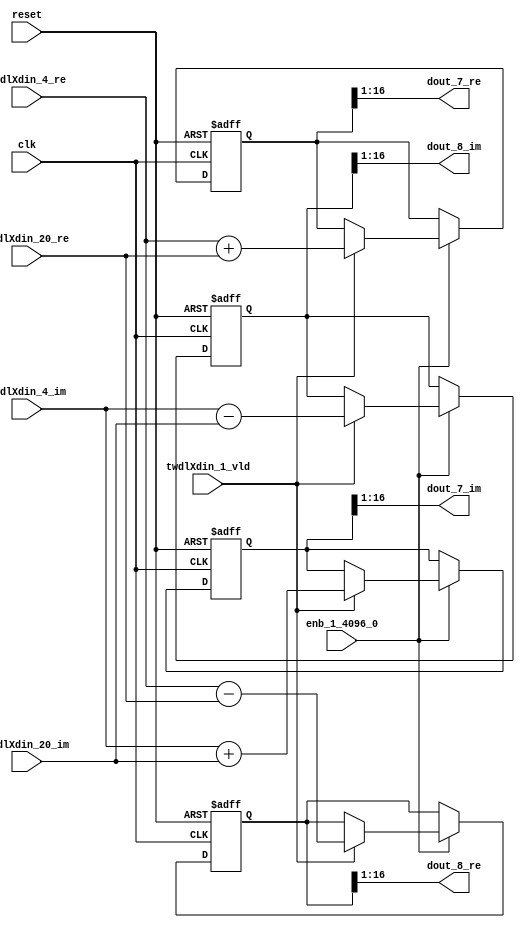
// -------------------------------------------------------------
// 
// 
// Generated by MATLAB 9.14 and HDL Coder 4.1
// 
// -------------------------------------------------------------


// -------------------------------------------------------------
// 
// Module: RADIX22FFT_SDNF1_3_block2
// Source Path: dsphdl.IFFT/RADIX22FFT_SDNF1_3
// Hierarchy Level: 4
// 
// -------------------------------------------------------------

`timescale 1 ns / 1 ns

module RADIX22FFT_SDNF1_3_block2
          (clk,
           reset,
           enb_1_4096_0,
           twdlXdin_4_re,
           twdlXdin_4_im,
           twdlXdin_20_re,
           twdlXdin_20_im,
           twdlXdin_1_vld,
           dout_7_re,
           dout_7_im,
           dout_8_re,
           dout_8_im);


  input   clk;
  input   reset;
  input   enb_1_4096_0;
  input   signed [15:0] twdlXdin_4_re;  // sfix16_En14
  input   signed [15:0] twdlXdin_4_im;  // sfix16_En14
  input   signed [15:0] twdlXdin_20_re;  // sfix16_En14
  input   signed [15:0] twdlXdin_20_im;  // sfix16_En14
  input   twdlXdin_1_vld;
  output  signed [15:0] dout_7_re;  // sfix16_En14
  output  signed [15:0] dout_7_im;  // sfix16_En14
  output  signed [15:0] dout_8_re;  // sfix16_En14
  output  signed [15:0] dout_8_im;  // sfix16_En14


  reg signed [16:0] Radix22ButterflyG1_NF_btf1_re_reg;  // sfix17
  reg signed [16:0] Radix22ButterflyG1_NF_btf1_im_reg;  // sfix17
  reg signed [16:0] Radix22ButterflyG1_NF_btf2_re_reg;  // sfix17
  reg signed [16:0] Radix22ButterflyG1_NF_btf2_im_reg;  // sfix17
  reg  Radix22ButterflyG1_NF_dinXtwdl_vld_dly1;
  reg signed [16:0] Radix22ButterflyG1_NF_btf1_re_reg_next;  // sfix17_En14
  reg signed [16:0] Radix22ButterflyG1_NF_btf1_im_reg_next;  // sfix17_En14
  reg signed [16:0] Radix22ButterflyG1_NF_btf2_re_reg_next;  // sfix17_En14
  reg signed [16:0] Radix22ButterflyG1_NF_btf2_im_reg_next;  // sfix17_En14
  reg  Radix22ButterflyG1_NF_dinXtwdl_vld_dly1_next;
  reg signed [15:0] dout_7_re_1;  // sfix16_En14
  reg signed [15:0] dout_7_im_1;  // sfix16_En14
  reg signed [15:0] dout_8_re_1;  // sfix16_En14
  reg signed [15:0] dout_8_im_1;  // sfix16_En14
  reg  dout_7_vld;
  reg signed [16:0] Radix22ButterflyG1_NF_add_cast;  // sfix17_En14
  reg signed [16:0] Radix22ButterflyG1_NF_add_cast_0;  // sfix17_En14
  reg signed [16:0] Radix22ButterflyG1_NF_sra_temp;  // sfix17_En14
  reg signed [16:0] Radix22ButterflyG1_NF_sub_cast;  // sfix17_En14
  reg signed [16:0] Radix22ButterflyG1_NF_sub_cast_0;  // sfix17_En14
  reg signed [16:0] Radix22ButterflyG1_NF_sra_temp_0;  // sfix17_En14
  reg signed [16:0] Radix22ButterflyG1_NF_add_cast_1;  // sfix17_En14
  reg signed [16:0] Radix22ButterflyG1_NF_add_cast_2;  // sfix17_En14
  reg signed [16:0] Radix22ButterflyG1_NF_sra_temp_1;  // sfix17_En14
  reg signed [16:0] Radix22ButterflyG1_NF_sub_cast_1;  // sfix17_En14
  reg signed [16:0] Radix22ButterflyG1_NF_sub_cast_2;  // sfix17_En14
  reg signed [16:0] Radix22ButterflyG1_NF_sra_temp_2;  // sfix17_En14


  // Radix22ButterflyG1_NF
  always @(posedge clk or posedge reset)
    begin : Radix22ButterflyG1_NF_process
      if (reset == 1'b1) begin
        Radix22ButterflyG1_NF_btf1_re_reg <= 17'sb00000000000000000;
        Radix22ButterflyG1_NF_btf1_im_reg <= 17'sb00000000000000000;
        Radix22ButterflyG1_NF_btf2_re_reg <= 17'sb00000000000000000;
        Radix22ButterflyG1_NF_btf2_im_reg <= 17'sb00000000000000000;
        Radix22ButterflyG1_NF_dinXtwdl_vld_dly1 <= 1'b0;
      end
      else begin
        if (enb_1_4096_0) begin
          Radix22ButterflyG1_NF_btf1_re_reg <= Radix22ButterflyG1_NF_btf1_re_reg_next;
          Radix22ButterflyG1_NF_btf1_im_reg <= Radix22ButterflyG1_NF_btf1_im_reg_next;
          Radix22ButterflyG1_NF_btf2_re_reg <= Radix22ButterflyG1_NF_btf2_re_reg_next;
          Radix22ButterflyG1_NF_btf2_im_reg <= Radix22ButterflyG1_NF_btf2_im_reg_next;
          Radix22ButterflyG1_NF_dinXtwdl_vld_dly1 <= Radix22ButterflyG1_NF_dinXtwdl_vld_dly1_next;
        end
      end
    end

  always @(Radix22ButterflyG1_NF_btf1_im_reg, Radix22ButterflyG1_NF_btf1_re_reg,
       Radix22ButterflyG1_NF_btf2_im_reg, Radix22ButterflyG1_NF_btf2_re_reg,
       Radix22ButterflyG1_NF_dinXtwdl_vld_dly1, twdlXdin_1_vld, twdlXdin_20_im,
       twdlXdin_20_re, twdlXdin_4_im, twdlXdin_4_re) begin
    Radix22ButterflyG1_NF_add_cast = 17'sb00000000000000000;
    Radix22ButterflyG1_NF_add_cast_0 = 17'sb00000000000000000;
    Radix22ButterflyG1_NF_sub_cast = 17'sb00000000000000000;
    Radix22ButterflyG1_NF_sub_cast_0 = 17'sb00000000000000000;
    Radix22ButterflyG1_NF_add_cast_1 = 17'sb00000000000000000;
    Radix22ButterflyG1_NF_add_cast_2 = 17'sb00000000000000000;
    Radix22ButterflyG1_NF_sub_cast_1 = 17'sb00000000000000000;
    Radix22ButterflyG1_NF_sub_cast_2 = 17'sb00000000000000000;
    Radix22ButterflyG1_NF_btf1_re_reg_next = Radix22ButterflyG1_NF_btf1_re_reg;
    Radix22ButterflyG1_NF_btf1_im_reg_next = Radix22ButterflyG1_NF_btf1_im_reg;
    Radix22ButterflyG1_NF_btf2_re_reg_next = Radix22ButterflyG1_NF_btf2_re_reg;
    Radix22ButterflyG1_NF_btf2_im_reg_next = Radix22ButterflyG1_NF_btf2_im_reg;
    Radix22ButterflyG1_NF_dinXtwdl_vld_dly1_next = twdlXdin_1_vld;
    if (twdlXdin_1_vld) begin
      Radix22ButterflyG1_NF_add_cast = {twdlXdin_4_re[15], twdlXdin_4_re};
      Radix22ButterflyG1_NF_add_cast_0 = {twdlXdin_20_re[15], twdlXdin_20_re};
      Radix22ButterflyG1_NF_btf1_re_reg_next = Radix22ButterflyG1_NF_add_cast + Radix22ButterflyG1_NF_add_cast_0;
      Radix22ButterflyG1_NF_sub_cast = {twdlXdin_4_re[15], twdlXdin_4_re};
      Radix22ButterflyG1_NF_sub_cast_0 = {twdlXdin_20_re[15], twdlXdin_20_re};
      Radix22ButterflyG1_NF_btf2_re_reg_next = Radix22ButterflyG1_NF_sub_cast - Radix22ButterflyG1_NF_sub_cast_0;
      Radix22ButterflyG1_NF_add_cast_1 = {twdlXdin_4_im[15], twdlXdin_4_im};
      Radix22ButterflyG1_NF_add_cast_2 = {twdlXdin_20_im[15], twdlXdin_20_im};
      Radix22ButterflyG1_NF_btf1_im_reg_next = Radix22ButterflyG1_NF_add_cast_1 + Radix22ButterflyG1_NF_add_cast_2;
      Radix22ButterflyG1_NF_sub_cast_1 = {twdlXdin_4_im[15], twdlXdin_4_im};
      Radix22ButterflyG1_NF_sub_cast_2 = {twdlXdin_20_im[15], twdlXdin_20_im};
      Radix22ButterflyG1_NF_btf2_im_reg_next = Radix22ButterflyG1_NF_sub_cast_1 - Radix22ButterflyG1_NF_sub_cast_2;
    end
    Radix22ButterflyG1_NF_sra_temp = Radix22ButterflyG1_NF_btf1_re_reg >>> 8'd1;
    dout_7_re_1 = Radix22ButterflyG1_NF_sra_temp[15:0];
    Radix22ButterflyG1_NF_sra_temp_0 = Radix22ButterflyG1_NF_btf1_im_reg >>> 8'd1;
    dout_7_im_1 = Radix22ButterflyG1_NF_sra_temp_0[15:0];
    Radix22ButterflyG1_NF_sra_temp_1 = Radix22ButterflyG1_NF_btf2_re_reg >>> 8'd1;
    dout_8_re_1 = Radix22ButterflyG1_NF_sra_temp_1[15:0];
    Radix22ButterflyG1_NF_sra_temp_2 = Radix22ButterflyG1_NF_btf2_im_reg >>> 8'd1;
    dout_8_im_1 = Radix22ButterflyG1_NF_sra_temp_2[15:0];
    dout_7_vld = Radix22ButterflyG1_NF_dinXtwdl_vld_dly1;
  end



  assign dout_7_re = dout_7_re_1;

  assign dout_7_im = dout_7_im_1;

  assign dout_8_re = dout_8_re_1;

  assign dout_8_im = dout_8_im_1;

endmodule  // RADIX22FFT_SDNF1_3_block2